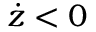
\dot { z } < 0